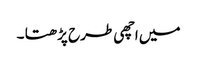
میں اچھی طرح پڑھتا ۔